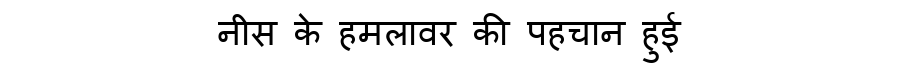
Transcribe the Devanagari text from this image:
नीस के हमलावर की पहचान हुई